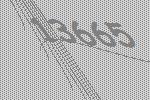
13665